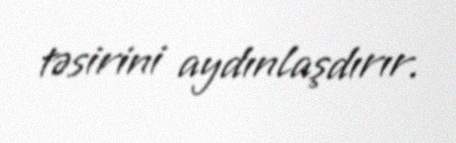
təsirini aydınlaşdırır.